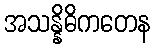
အသန္နိဓိကတေန